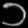
Digit: ၁